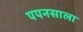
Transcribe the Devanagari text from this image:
पपनसाला